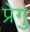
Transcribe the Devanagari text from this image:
प्रेगु